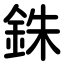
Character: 銖